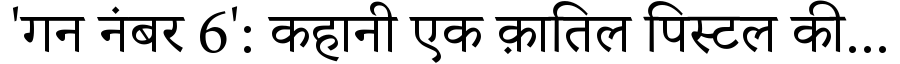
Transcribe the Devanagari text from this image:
'गन नंबर 6': कहानी एक क़ातिल पिस्टल की...